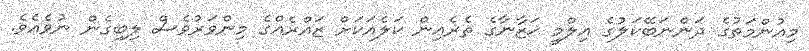
މިއުންމަތުގެ ދަންނަބޭކަލުގެ އިލްމީ ޚަޒާނާގެ ތެރެއިން ކަލެއަކަށް ޒައްރެއްގެ މިންވަރުވެސް ލިބިގެން ނުވެއެވެ.